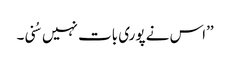
’’اس نے پوری بات نہیں سُنی۔